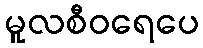
မူလစီဝရေပေ